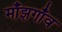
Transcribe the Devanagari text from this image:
माँझगाँव